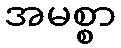
အမစ္စာ